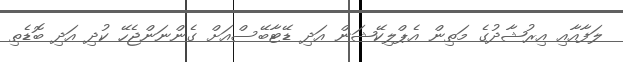
ލަފާއާއި އިރުޝާދުގެ މަތިން އެޕްލިކޭޝަން އަދި ޑޭޓާބޭސްއަށް ގެންނަންޖެހޭ ކުދި އަދި ބޮޑެތި